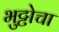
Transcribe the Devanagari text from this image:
भुट्टोचा